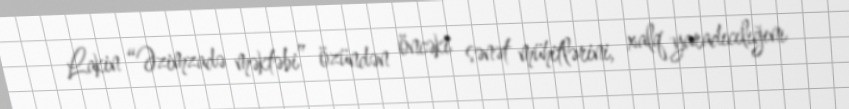
Lakin “Əzimzadə məktəbi” özündən öncəki sənət mühitlərini, xalq yaradıcılığını